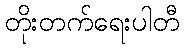
တိုးတက်ရေးပါတီ